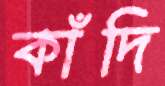
কাঁদি